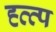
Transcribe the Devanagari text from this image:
ह्त्त्प